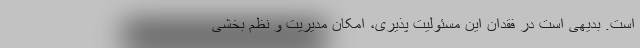
است. بدیهی است در فقدان این مسئولیت پذیری، امکان مدیریت و نظم بخشی